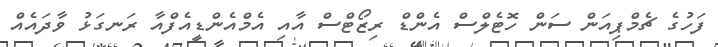
ފަހުގެ ޗެމްޕިއަން ސަން ހޮޓެލްސް އެންޑް ރިޒޯޓްސް އާއި އެމްއެންޑީއެފްއާ ރަނގަޅު ވާދައެއް